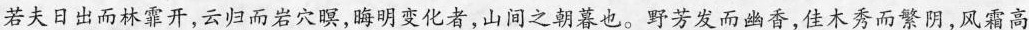
若夫日出而林霏开，云归而岩穴暝，晦明变化者，山间之朝暮也。野芳发而幽香，佳木秀而繁阴，风霜高